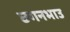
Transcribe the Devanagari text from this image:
छगनभाउ